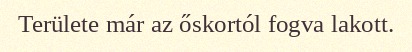
Területe már az őskortól fogva lakott.